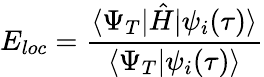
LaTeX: E_{loc}=\frac{\langle\Psi_{T}|\hat{H}|\psi_{i}(\tau)\rangle}{\langle\Psi_{T}|\psi_{i}(\tau)\rangle}